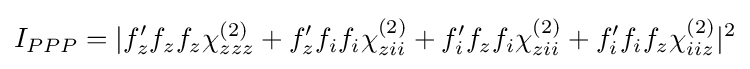
I_{PPP}=|f'_{z}f_{z}f_{z}\chi _{zzz}^{(2)}+f'_{z}f_{i}f_{i}\chi _{zii}^{(2)}+f'_{i}f_{z}f_{i}\chi _{zii}^{(2)}+f'_{i}f_{i}f_{z}\chi _{iiz}^{(2)}|^{2}